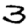
Digit: 3